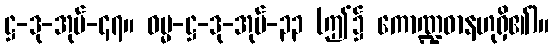
ဋ္ဌ-ဒု-အုပ်-၄၇။ ဓမ္မ-ဋ္ဌ-ဒု-အုပ်-၃၃ (ဤ၌ ကောဏ္ဍဓာနဟုရှိ၏)။